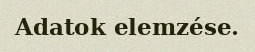
Adatok elemzése.